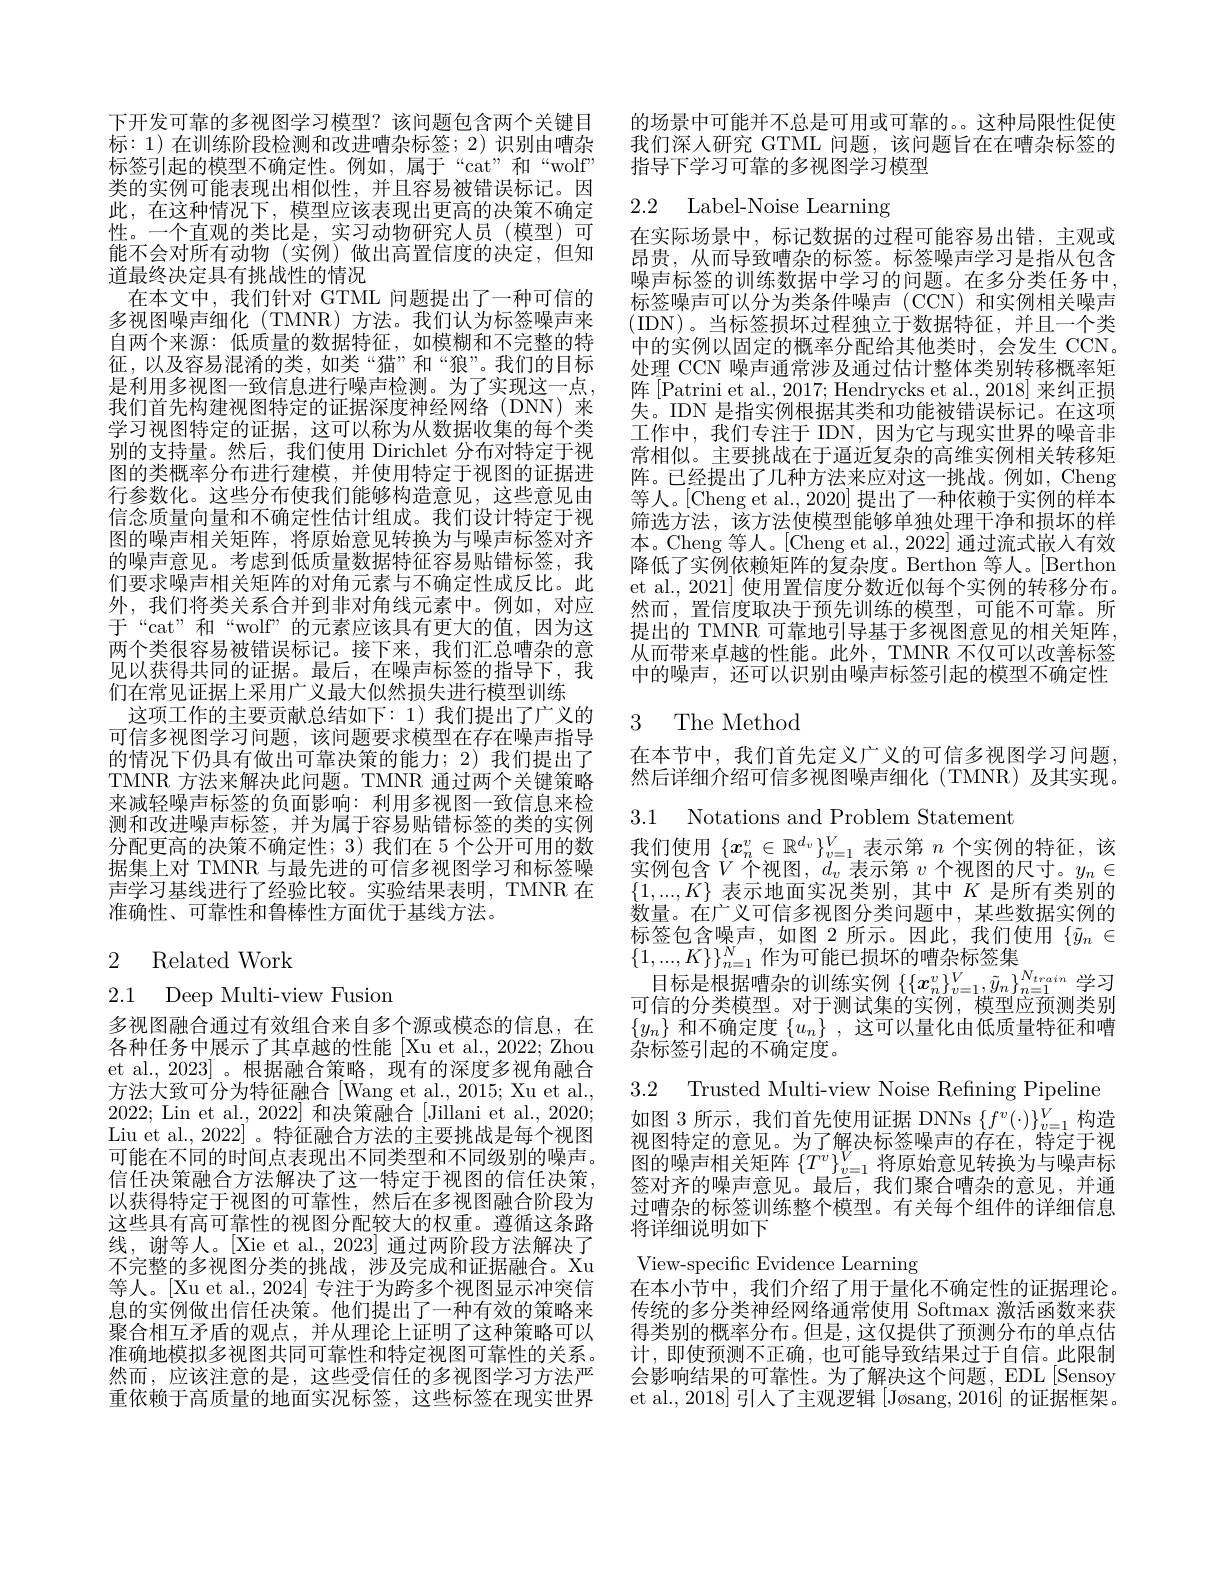
下开发可靠的多视图学习模型？该问题包含两个关键目标：1)在训练阶段检测和改进嘈杂标签；2)识别由嘈杂标签引起的模型不确定性。例如，属于“cat”和“wolf” 类的实例可能表现出相似性，并且容易被错误标记。因此，在这种情况下，模型应该表现出更高的决策不确定性。一个直观的类比是，实习动物研究人员(模型)可能不会对所有动物(实例)做出高置信度的决定，但知道最终决定具有挑战性的情况
在本文中，我们针对 GTML 问题提出了一种可信的多视图噪声细化 (TMNR)方法。我们认为标签噪声来自两个来源：低质量的数据特征，如模糊和不完整的特征，以及容易混淆的类，如类“猫”和“狼”。我们的目标是利用多视图一致信息进行噪声检测。为了实现这一点， 我们首先构建视图特定的证据深度神经网络(DNN)来学习视图特定的证据，这可以称为从数据收集的每个类别的支持量。然后，我们使用 Dirichlet 分布对特定于视图的类概率分布进行建模，并使用特定于视图的证据进行参数化。这些分布使我们能够构造意见，这些意见由信念质量向量和不确定性估计组成。我们设计特定于视图的噪声相关矩阵，将原始意见转换为与噪声标签对齐的噪声意见。考虑到低质量数据特征容易贴错标签，我们要求噪声相关矩阵的对角元素与不确定性成反比。此外，我们将类关系合并到非对角线元素中。例如，对应于“cat”和“wolf”的元素应该具有更大的值，因为这两个类很容易被错误标记。接下来，我们汇总嘈杂的意见以获得共同的证据。最后，在噪声标签的指导下，我们在常见证据上采用广义最大似然损失进行模型训练
这项工作的主要贡献总结如下：1)我们提出了广义的可信多视图学习问题，该问题要求模型在存在噪声指导的情况下仍具有做出可靠决策的能力；2)我们提出了TMNR 方法来解决此问题。TMNR 通过两个关键策略来减轻噪声标签的负面影响：利用多视图一致信息来检测和改进噪声标签，并为属于容易贴错标签的类的实例分配更高的决策不确定性；3)我们在 5 个公开可用的数据集上对 TMNR 与最先进的可信多视图学习和标签噪声学习基线进行了经验比较。实验结果表明，TMNR 在准确性、可靠性和鲁棒性方面优于基线方法。

## 2 Related Work

2.1 Deep Multi-view Fusion

多视图融合通过有效组合来自多个源或模态的信息，在各种任务中展示了其卓越的性能[Xu et al., 2022; Zhou et al., 2023] 。根据融合策略，现有的深度多视角融合方法大致可分为特征融合[Wang et al., 2015; Xu et al. 2022; Lin et al., 2022] 和决策融合 [Jillani et al., 2020; Liu et al., 2022] 。特征融合方法的主要挑战是每个视图可能在不同的时间点表现出不同类型和不同级别的噪声。信任决策融合方法解决了这一特定于视图的信任决策， 以获得特定于视图的可靠性，然后在多视图融合阶段为这些具有高可靠性的视图分配较大的权重。遵循这条路线，谢等人。[Xie et al., 2023] 通过两阶段方法解决了不完整的多视图分类的挑战，涉及完成和证据融合。Xu 等人。[Xu et al., 2024] 专注于为跨多个视图显示冲突信息的实例做出信任决策。他们提出了一种有效的策略来聚合相互矛盾的观点，并从理论上证明了这种策略可以准确地模拟多视图共同可靠性和特定视图可靠性的关系。然而，应该注意的是，这些受信任的多视图学习方法严重依赖于高质量的地面实况标签，这些标签在现实世界

的场景中可能并不总是可用或可靠的。。这种局限性促使我们深人研究 GTML 问题，该问题旨在在嘈杂标签的指导下学习可靠的多视图学习模型

## 2.2 Label-Noise Learning

在实际场景中，标记数据的过程可能容易出错，主观或昂贵，从而导致嘈杂的标签。标签噪声学习是指从包含噪声标签的训练数据中学习的问题。在多分类任务中标签噪声可以分为类条件噪声(CCN)和实例相关噪声(IDN)。当标签损坏过程独立于数据特征，并且一个类中的实例以固定的概率分配给其他类时，会发生 CCN。处理 CCN 噪声通常涉及通过估计整体类别转移概率矩阵[Patrini et al., 2017; Hendrycks et al., 2018] 来纠正损失。IDN 是指实例根据其类和功能被错误标记。在这项工作中，我们专注于 IDN,因为它与现实世界的噪音非常相似。主要挑战在于逼近复杂的高维实例相关转移矩阵。已经提出了几种方法来应对这一挑战。例如，Cheng 等人。[Cheng et al., 2020] 提出了一种依赖于实例的样本筛选方法，该方法使模型能够单独处理干净和损坏的样本。Cheng 等人。[Cheng et al., 2022] 通过流式嵌入有效降低了实例依赖矩阵的复杂度。Berthon 等人。[Berthon et al., 2021] 使用置信度分数近似每个实例的转移分布。然而，置信度取决于预先训练的模型，可能不可靠。所提出的 TMNR 可靠地引导基于多视图意见的相关矩阵从而带来卓越的性能。此外，TMNR 不仅可以改善标签中的噪声，还可以识别由噪声标签引起的模型不确定性

## 3 The Method

在本节中，我们首先定义广义的可信多视图学习问题然后详细介绍可信多视图噪声细化(TMNR)及其实现。

3.1 Notations and Problem Statemen
我们使用$\{x_n^v\in\mathbb{R}^{d_v}\}_{v=1}^V$表示第$n$个实例的特征，该

实例包含$V$个视图，$d_v$ 表示第 $v$ 个视图的尺寸。$y_n\in$ $\{1,...,K\}$表示地面实况类别，其中$K$是所有类别的数量。在广义可信多视图分类问题中，某些数据实例的标签包含噪声，如图 2 所示。因此，我们使用$\{\tilde{y}_n\in$ $\{1,...,K\}\}_{n=1}^N$作为可能已损坏的嘈杂标签集目 标 是 根 据 嘈 杂 的 训 练 实 例 $\{ \{ x_n^v\} _{v= 1}^V, \tilde{y} _n\} _{n= 1}^{N_{train}}$学习可信的分类模型。对于测试集的实例，模型应预测类别$\{y_n\}$和不确定度$\{u_n\}$,这可以量化由低质量特征和嘈杂标签引起的不确定度。

3.2 Trusted Multi-view Noise Refining Pipeline

如图 3 所示，我们首先使用证据 DNNs $\{f^v(\cdot)\}_{v=1}^V$构造视图特定的意见。为了解决标签噪声的存在，特定于视图的噪声相关矩阵$\{T^v\}_{v=1}^V$将原始意见转换为与噪声标签对齐的噪声意见。最后，我们聚合嘈杂的意见，并通过嘈杂的标签训练整个模型。有关每个组件的详细信息将详细说明如下

View-specific Evidence Learning
在本小节中，我们介绍了用于量化不确定性的证据理论， 传统的多分类神经网络通常使用 Softmax 激活函数来获得类别的概率分布。但是，这仅提供了预测分布的单点估计，即使预测不正确，也可能导致结果过于自信。此限制会影响结果的可靠性。为了解决这个问题，EDL[Sensoy et al., 2018] 引人了主观逻辑 [Jøsang, 2016] 的证据框架。